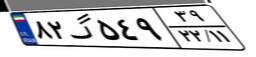
۹۶گ۵۰۰۶۷